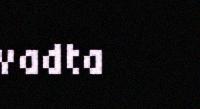
vadta